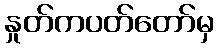
နှုတ်ကပတ်တော်မှ